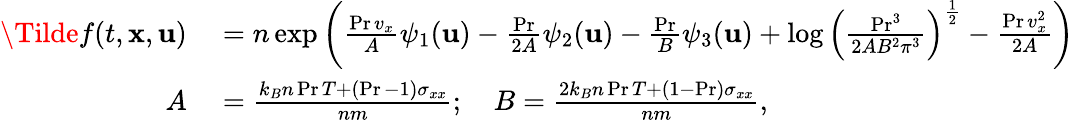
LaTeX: \begin{array}{rl}{\Tilde{f}(t,\mathbf{x},\mathbf{u})}&{{}=n\exp\left(\frac{\operatorname*{Pr}v_{x}}{A}\psi_{1}(\mathbf{u})-\frac{\operatorname*{Pr}}{2A}\psi_{2}(\mathbf{u})-\frac{\operatorname*{Pr}}{B}\psi_{3}(\mathbf{u})+\log\left(\frac{\operatorname*{Pr}^{3}}{2AB^{2}\pi^{3}}\right)^{\frac{1}{2}}-\frac{\operatorname*{Pr}v_{x}^{2}}{2A}\right)}\\ {A}&{{}=\frac{k_{B}n\operatorname*{Pr}T+(\operatorname*{Pr}-1)\sigma_{xx}}{nm};\quad B=\frac{2k_{B}n\operatorname*{Pr}T+(1-\operatorname*{Pr})\sigma_{xx}}{nm},}\end{array}